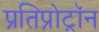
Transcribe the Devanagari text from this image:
प्रतिप्रोट्रॉन